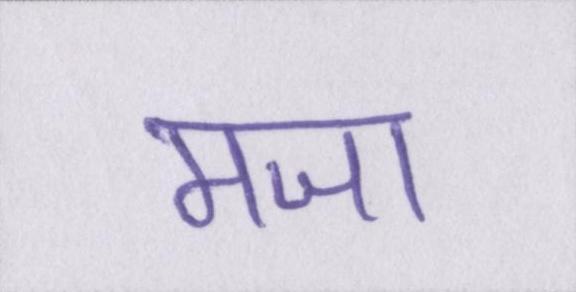
मजा